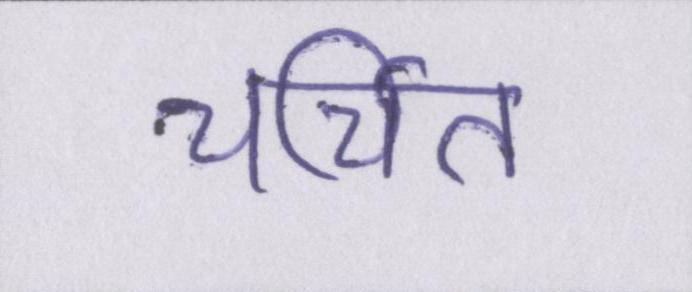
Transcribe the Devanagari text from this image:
चर्चित